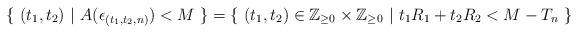
LaTeX: \begin{align*} \{\,\,(t_{1},t_{2})\,\,|\,\,A(\epsilon_{(t_{1},t_{2},n)})<M\,\,\}=\{\,\,(t_{1},t_{2})\in \mathbb{Z}_{\geq 0}\times\mathbb{Z}_{\geq 0}\,\,|\,\,t_{1}R_{1}+t_{2}R_{2}<M-T_{n}\,\,\}\end{align*}